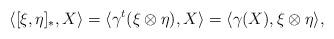
LaTeX: \begin{align*}\langle [\xi,\eta]_{\ast},X\rangle=\langle\gamma^{t}(\xi\otimes \eta),X\rangle=\langle\gamma(X),\xi\otimes \eta\rangle, \end{align*}